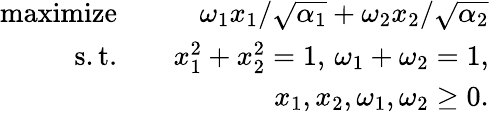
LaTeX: \begin{array}{rlr}{\mathrm{maximize}}&{}&{\omega_{1}x_{1}/\sqrt{\alpha_{1}}+\omega_{2}x_{2}/\sqrt{\alpha_{2}}}\\ {\mathrm{s.t.}}&{}&{x_{1}^{2}+x_{2}^{2}=1,\, \omega_{1}+\omega_{2}=1,}\\ &{}&{x_{1},x_{2},\omega_{1},\omega_{2}\geq 0.}\end{array}